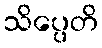
သိပ္ပေတိ